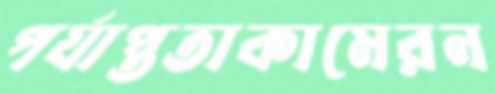
পর্যাপ্ততাকামেরন